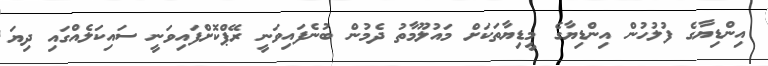
އިންޑިޔާގެ ފުލުހުން އިންޑިޔާގެ މީޑިޔާތަކަށް މައުލޫމާތު ދެމުން ބުނެފައިވަނީ ރޭޕްކޮށްފައިވަނީ ސައިކަލެއްގައި ދިޔަ